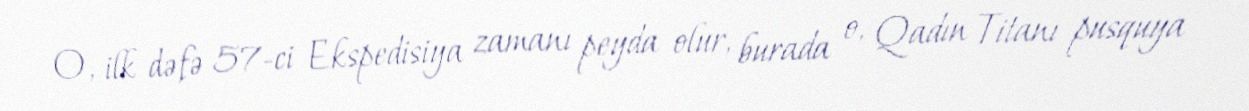
O, ilk dəfə 57-ci Ekspedisiya zamanı peyda olur, burada o, Qadın Titanı pusquya